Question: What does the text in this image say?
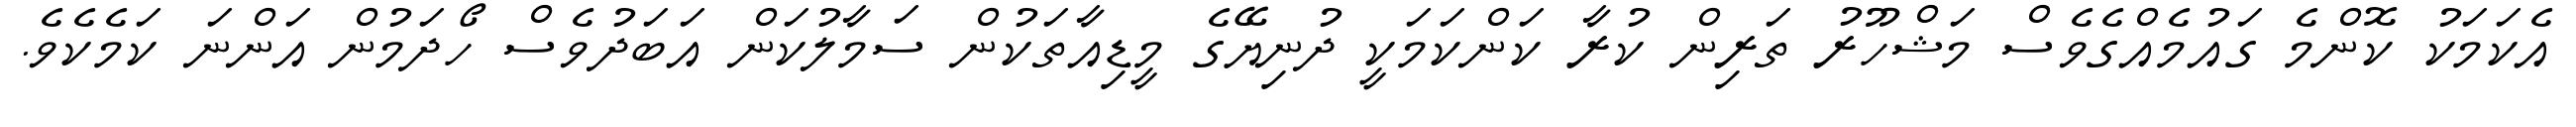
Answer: އެކަމަކު ކޮންމެ ގައުމެއްގެވެސް މަޝްހޫރު ތަރިން ކުރާ ކަންކަމަކީ ދުނިޔޭގެ މީޑިއާތަކުން ސަމާލުކަން އަބަދުވެސް ހޯދަމުން އަންނަ ކަމެކެވެ.